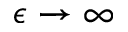
\epsilon \rightarrow \infty